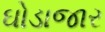
ઘોડાજાર